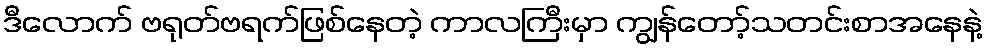
ဒီလောက် ဗရုတ်ဗရက်ဖြစ်နေတဲ့ ကာလကြီးမှာ ကျွန်တော့်သတင်းစာအနေနဲ့